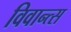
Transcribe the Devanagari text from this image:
विवान्त्स